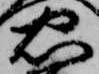
忠